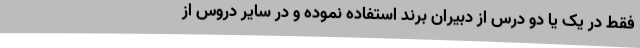
فقط در یک یا دو درس از دبیران برند استفاده نموده و در سایر دروس از